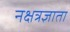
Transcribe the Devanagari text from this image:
नक्षत्रज्ञाता